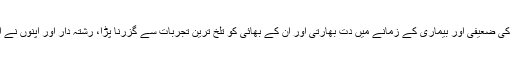
انھوں نے اچھا خاصا اثاثہ اور جائداد پیدا کی تھی لیکن والد کی ضعیفی اور بیماری کے زمانے میں دت بھارتی اور ان کے بھائی کو تلخ ترین تجربات سے گزرنا پڑا، رشتہ دار اور اپنوں نے اعتماد کا خون کیا جسے وہ تاحیات فراموش نہیں کر سکے۔